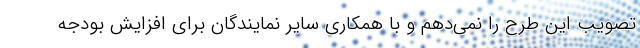
تصویب این طرح را نمی‌دهم و با همکاری سایر نمایندگان برای افزایش بودجه